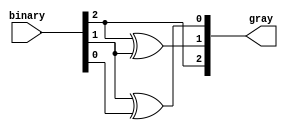
module gray_code_encoder (
    input  [2:0] binary,  // 3-bit binary input
    output [2:0] gray     // 3-bit Gray code output
);

// Gray code conversion logic
assign gray[2] = binary[2];          // MSB remains the same
assign gray[1] = binary[2] ^ binary[1]; // gray[1] = binary[2] XOR binary[1]
assign gray[0] = binary[1] ^ binary[0]; // gray[0] = binary[1] XOR binary[0]

endmodule